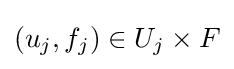
(u_{j},f_{j})\in U_{j}\times F